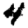
Digit: 4